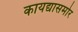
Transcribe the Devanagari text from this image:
कायद्यासमोर